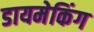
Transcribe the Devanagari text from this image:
डायमेकिंग